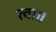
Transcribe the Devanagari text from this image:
त्वा॥